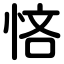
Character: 悋